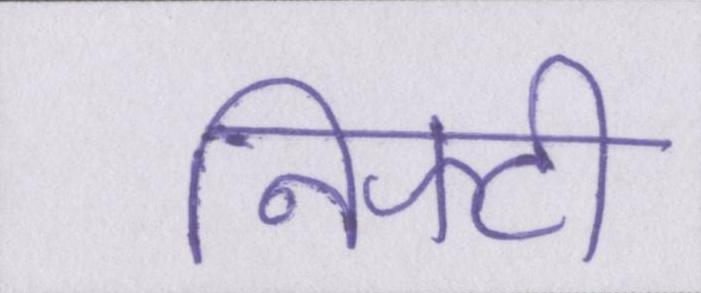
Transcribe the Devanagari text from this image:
निफ्टी